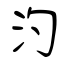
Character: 汋